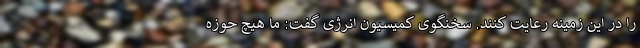
را در این زمینه رعایت کنند. سخنگوی کمیسیون انرژی گفت: ما هیچ حوزه